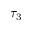
\tau _ { 3 }